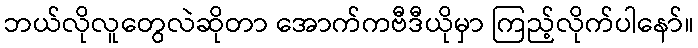
ဘယ်လိုလူတွေလဲဆိုတာ အောက်ကဗီဒီယိုမှာ ကြည့်လိုက်ပါနော်။